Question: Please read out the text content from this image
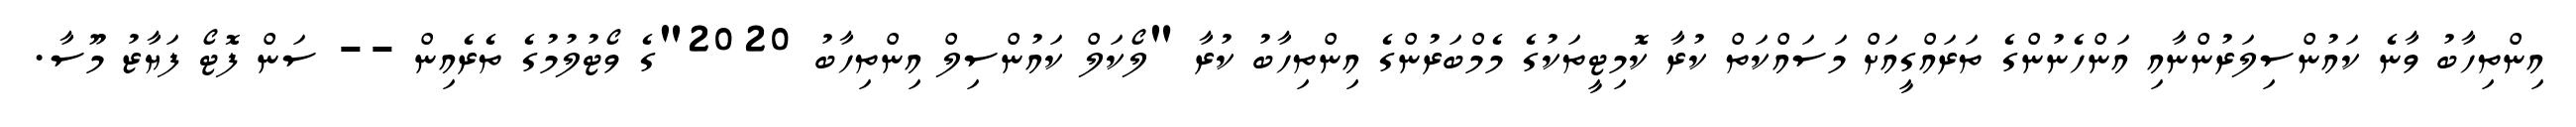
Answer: އިންތިހާބު ވާނެ ކައުންސިލަރުންނާއި އަންހެނުންގެ ތަރައްގީއަށް މަސައްކަތް ކުރާ ކޮމިޓީތަކުގެ މެމްބަރުންގެ އިންތިހާބު ކުރާ "ލޯކަލް ކައުންސިލް އިންތިހާބު 2020"ގެ ވޯޓުލުމުގެ ތެރެއިން -- ސަން ފޮޓޯ ފަޔާޒު މޫސާ.